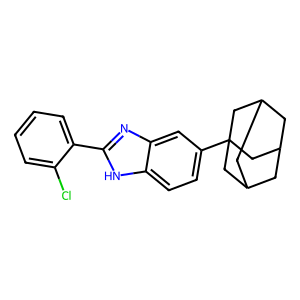
SMILES: Clc1ccccc1-c1nc2cc(C34CC5CC(CC(C5)C3)C4)ccc2[nH]1
Inhibits HIV replication: No